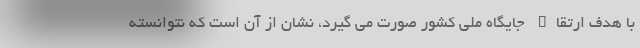
با هدف ارتقاء جایگاه ملی کشور صورت می گیرد، نشان از آن است که نتوانسته